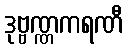
ဒုဗ္ဗဏ္ဏကရဏီ